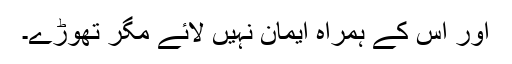
اور اس کے ہمراہ ایمان نہیں لائے مگر تھوڑے۔